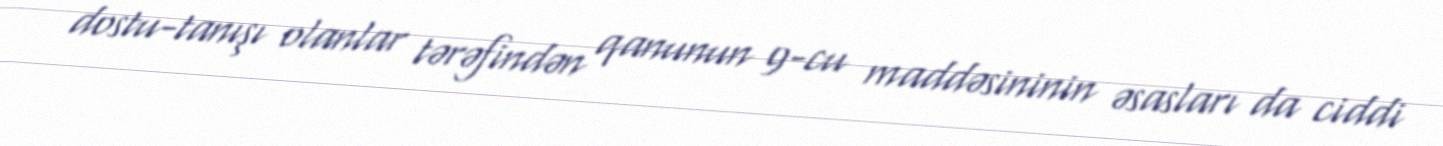
dostu-tanışı olanlar tərəfindən qanunun 9-cu maddəsininin əsasları da ciddi